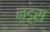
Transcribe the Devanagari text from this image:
नड़्स